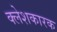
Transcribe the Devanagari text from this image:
क्लेशकारक